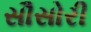
સૌસોરી